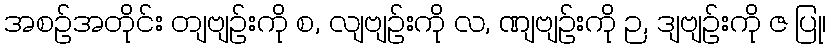
အစဉ်အတိုင်း တျဗျဉ်းကို စ, လျဗျဉ်းကို လ, ဏျဗျဉ်းကို ဉ, ဒျဗျဉ်းကို ဇ ပြု၊